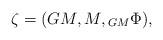
LaTeX: \begin{align*}\zeta=(GM,M,{_{GM}}\Phi),\end{align*}